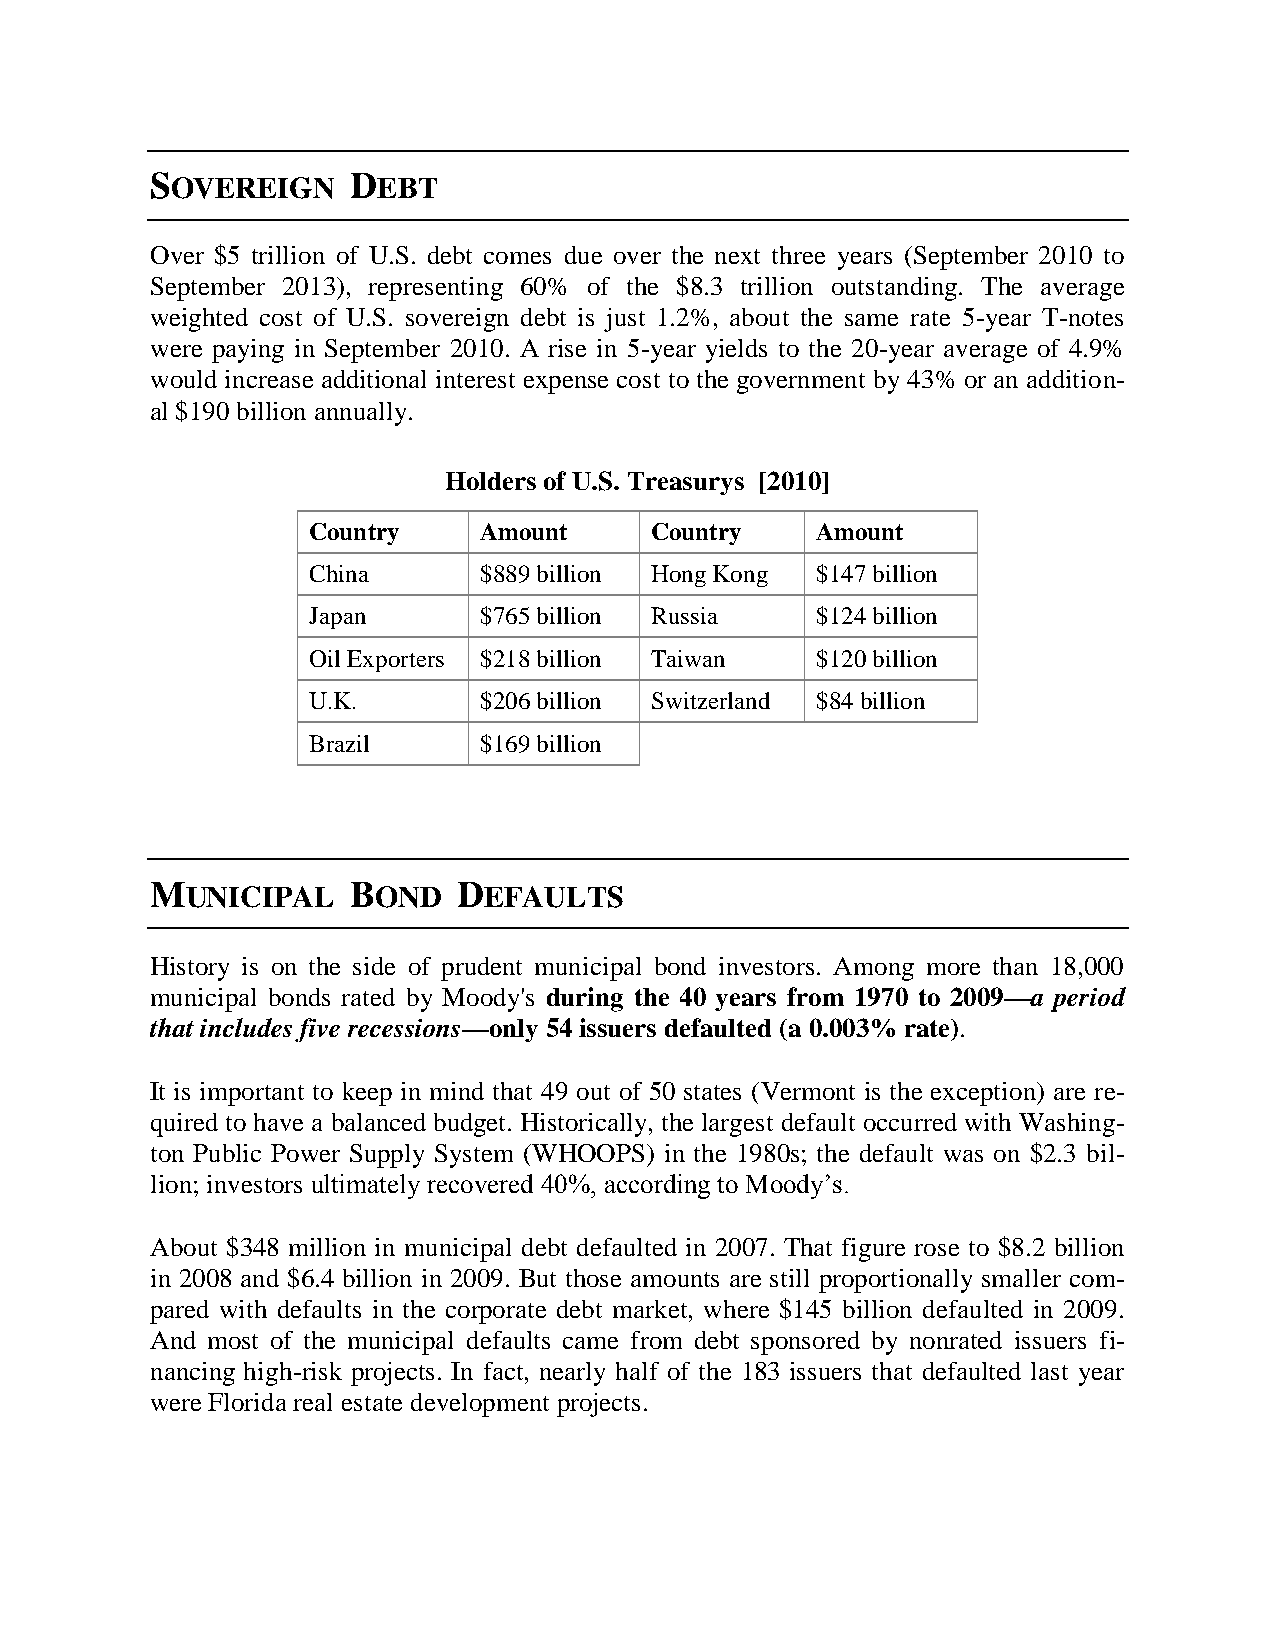
SOVEREIGN    DEBT
 Over $5 trillion of U.S. debt comes due over the next three years (September 2010 to
 September 2013), representing 60% of the $8.3 trillion outstanding. The average
 weighted cost of U.S. sovereign debt is just 1.2%, about the same rate 5-year T-notes
 were paying in September 2010. A rise in 5-year yields to the 20-year average of 4.9%
 would increase additional interest expense cost to the government by 43% or an addition-
 al $190 billion annually.
 Holders of U.S. Treasurys [2010]
 Country     Amount     Country    Amount
 China       $889 billion Hong Kong $147 billion
 Japan       $765 billion Russia   $124 billion
 Oil Exporters $218 billion Taiwan $120 billion
 U.K.        $206 billion Switzerland $84 billion
 Brazil      $169 billion
 MUNICIPAL    BOND   DEFAULTS
 History is on the side of prudent municipal bond investors. Among more than 18,000
 municipal bonds rated by Moody's during the 40 years from 1970 to 2009—a period
 that includes five recessions—only 54 issuers defaulted (a 0.003% rate).
 It is important to keep in mind that 49 out of 50 states (Vermont is the exception) are re-
 quired to have a balanced budget. Historically, the largest default occurred with Washing-
 ton Public Power Supply System (WHOOPS) in the 1980s; the default was on $2.3 bil-
 lion; investors ultimately recovered 40%, according to Moody’s.
 About $348 million in municipal debt defaulted in 2007. That figure rose to $8.2 billion
 in 2008 and $6.4 billion in 2009. But those amounts are still proportionally smaller com-
 pared with defaults in the corporate debt market, where $145 billion defaulted in 2009.
 And most of the municipal defaults came from debt sponsored by nonrated issuers fi-
 nancing high-risk projects. In fact, nearly half of the 183 issuers that defaulted last year
 were Florida real estate development projects.